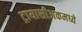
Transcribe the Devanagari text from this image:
ट्रायासीअकमध्ये